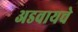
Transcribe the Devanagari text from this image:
अडवायचे